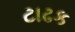
ટાઢક